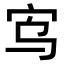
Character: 𫲻